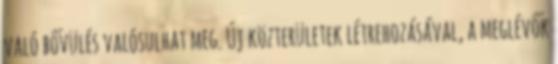
való bővülés valósulhat meg. Új közterületek létrehozásával, a meglévők